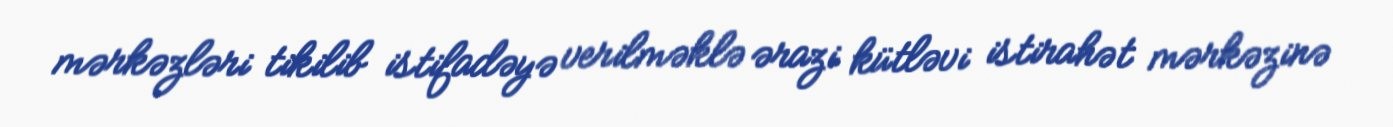
mərkəzləri tikilib istifadəyə verilməklə ərazi kütləvi istirahət mərkəzinə